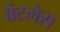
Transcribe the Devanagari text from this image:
वेंटलेस